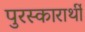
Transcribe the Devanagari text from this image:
पुरस्कारार्थी